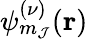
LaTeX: \psi_{m_{\mathcal{J}}}^{(\nu)}(\mathbf{{r}})